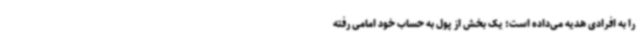
را به افرادی هدیه می‌داده است؛ یک بخش از پول به حساب خود امامی رفته